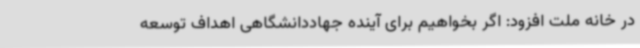
در خانه ملت افزود: اگر بخواهیم برای آینده جهاددانشگاهی اهداف توسعه